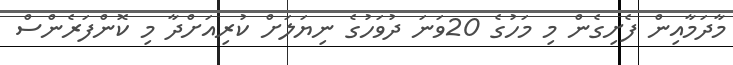
މާދަމާއިން ފެށިގެން މި މަހުގެ 20ވަނަ ދުވަހުގެ ނިޔަލަށް ކުރިއަށްދާ މި ކޮންފަރެންސް